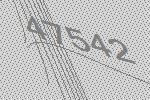
47542